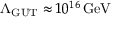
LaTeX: \Lambda _ { \mathrm { G U T } } \approx 1 0 ^ { 1 6 } \, { \mathrm { G e V } }